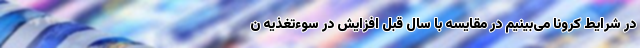
در شرایط کرونا می‌بینیم در مقایسه با سال قبل افزایش در سوءتغذیه ن